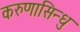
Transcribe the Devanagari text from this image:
करुणासिन्धु